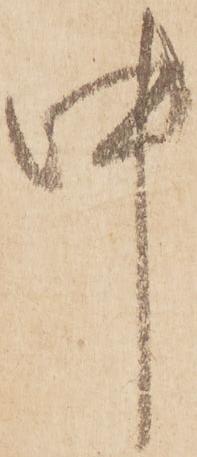
中